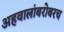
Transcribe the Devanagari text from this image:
अहवालांबरोबरच